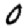
Digit: 0